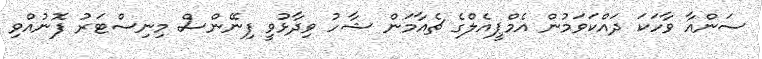
ސަންއާ ވާހަކަ ދައްކަވަމުން އެމްޕީއެލްގެ ޗެއާމަން ޝާހު ވިދާޅުވީ ފިނޭންސް މިނިސްޓަރު ފޮނުއްވި